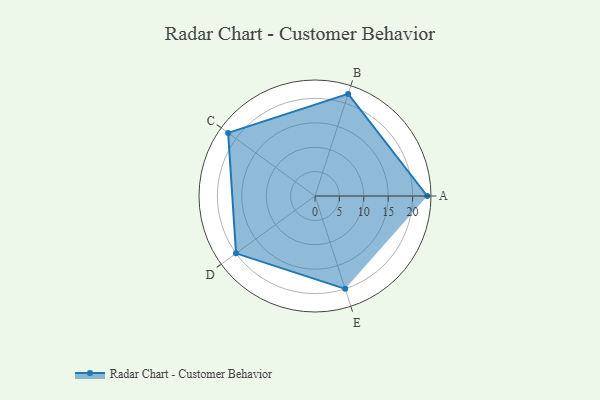
{"axis": {"x": "Skill", "y": "Score"}, "legend": ["Profile"], "data": [{"x": "A", "y": 23.0, "type": "Profile"}, {"x": "B", "y": 22.0, "type": "Profile"}, {"x": "C", "y": 22.0, "type": "Profile"}, {"x": "D", "y": 20, "type": "Profile"}, {"x": "E", "y": 20, "type": "Profile"}]}